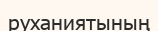
руханиятының